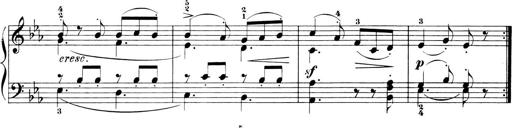
Title: 6 Piano Sonatinas
Composer: Cornelius Gurlitt